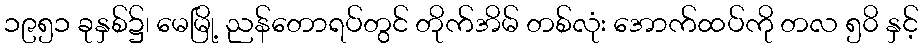
၁၉၅၁ ခုနှစ်၌၊ မေမြို့ ညန်တောရပ်တွင် တိုက်အိမ် တစ်လုံး အောက်ထပ်ကို တလ ၅၀ိ နှင့်